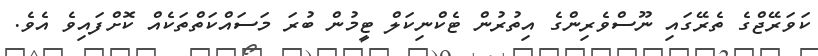
ކަަވަރޭޖްގެ ތެރޭގައި ނޫސްވެރިންގެ އިތުރުން ޓެކްނިކަލް ޓީމުން ބުރަ މަސައްކަތްތަކެއް ކޮށްފައިވެ އެވެ.